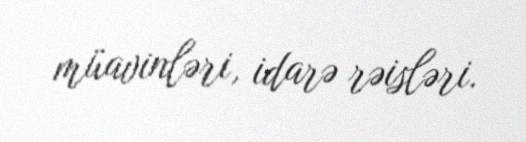
müavinləri, idarə rəisləri.